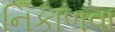
નિકાળવા